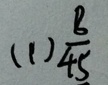
( 1 ) \frac { 8 } { 4 5 }